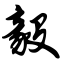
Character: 毅